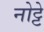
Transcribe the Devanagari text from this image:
नोट्टे